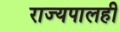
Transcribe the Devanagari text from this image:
राज्यपालही